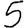
Digit: 5